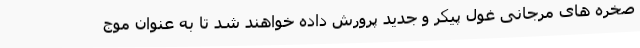
صخره های مرجانی غول پیکر و جدید پرورش داده خواهند شد تا به عنوان موج